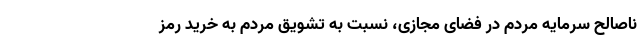
ناصالح سرمایه مردم در فضای مجازی، نسبت به تشویق مردم به خرید رمز